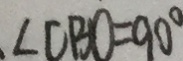
. \angle C B O = 9 0 ^ { \circ }